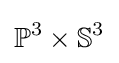
\mathbb {P} ^{3}\times \mathbb {S} ^{3}